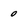
Character: 0